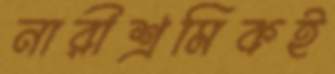
নারীশ্রমিকই